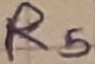
Text: R5